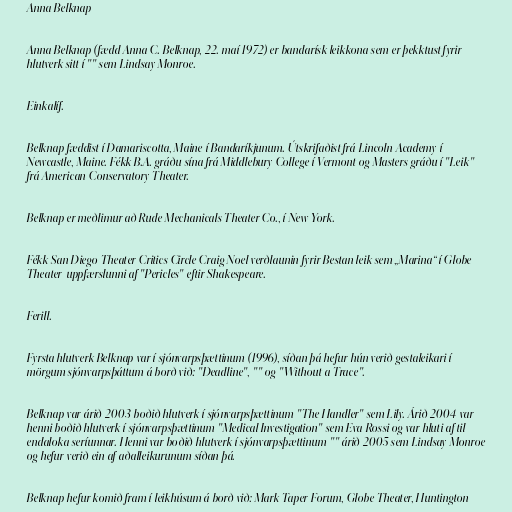
Anna Belknap

Anna Belknap (fædd Anna C. Belknap, 22. maí 1972) er bandarísk leikkona sem er þekktust fyrir
hlutverk sitt í "" sem Lindsay Monroe.

Einkalíf.

Belknap fæddist í Damariscotta, Maine í Bandaríkjunum. Útskrifaðist frá Lincoln Academy í
Newcastle, Maine. Fékk B.A. gráðu sína frá Middlebury College í Vermont og Masters gráðu í "Leik"
frá American Conservatory Theater.

Belknap er meðlimur að Rude Mechanicals Theater Co., í New York.

Fékk San Diego Theater Critics Circle Craig Noel verðlaunin fyrir Bestan leik sem „Marina“ í Globe
Theater-uppfærslunni af "Pericles" eftir Shakespeare.

Ferill.

Fyrsta hlutverk Belknap var í sjónvarpsþættinum (1996), síðan þá hefur hún verið gestaleikari í
mörgum sjónvarpsþáttum á borð við: "Deadline", "" og "Without a Trace".

Belknap var árið 2003 boðið hlutverk í sjónvarpsþættinum "The Handler" sem Lily. Árið 2004 var
henni boðið hlutverk í sjónvarpsþættinum "Medical Investigation" sem Eva Rossi og var hluti af til
endaloka seríunnar. Henni var boðið hlutverk í sjónvarpsþættinum "" árið 2005 sem Lindsay Monroe
og hefur verið ein af aðalleikurunum síðan þá.

Belknap hefur komið fram í leikhúsum á borð við: Mark Taper Forum, Globe Theater, Huntington